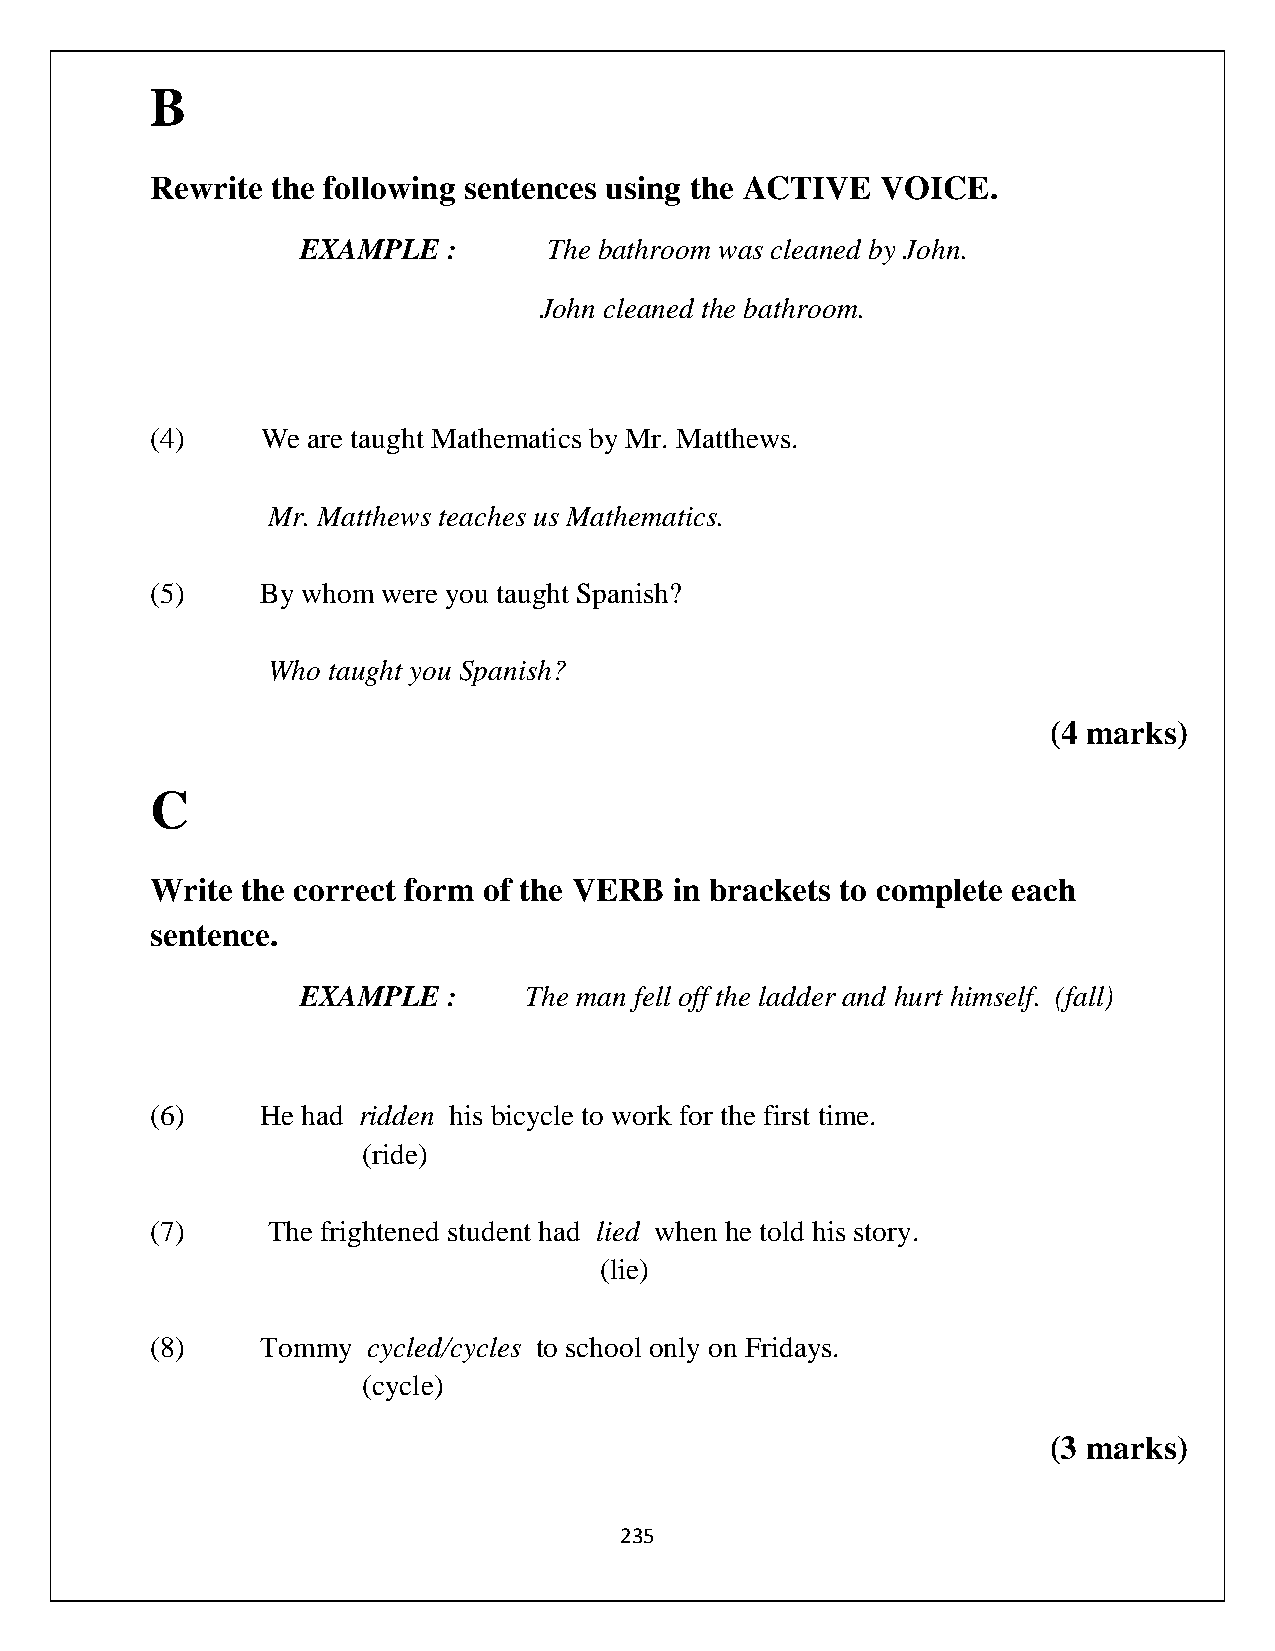
B
 Rewrite the following sentences using the ACTIVE VOICE.
 EXAMPLE   :     The bathroom was cleaned by John.
 John cleaned the bathroom.
 (4)    We are taught Mathematics by Mr. Matthews.
 Mr. Matthews teaches us Mathematics.
 (5)    By whom were you taught Spanish?
 Who taught you Spanish?
 (4 marks)
 C
 Write the correct form of the VERB in brackets to complete each
 sentence.
 EXAMPLE   :    The man fell off the ladder and hurt himself. (fall)
 (6)    He had ridden his bicycle to work for the first time.
 (ride)
 (7)     The frightened student had lied when he told his story.
 (lie)
 (8)    Tommy  cycled/cycles to school only on Fridays.
 (cycle)
 (3 marks)
 235